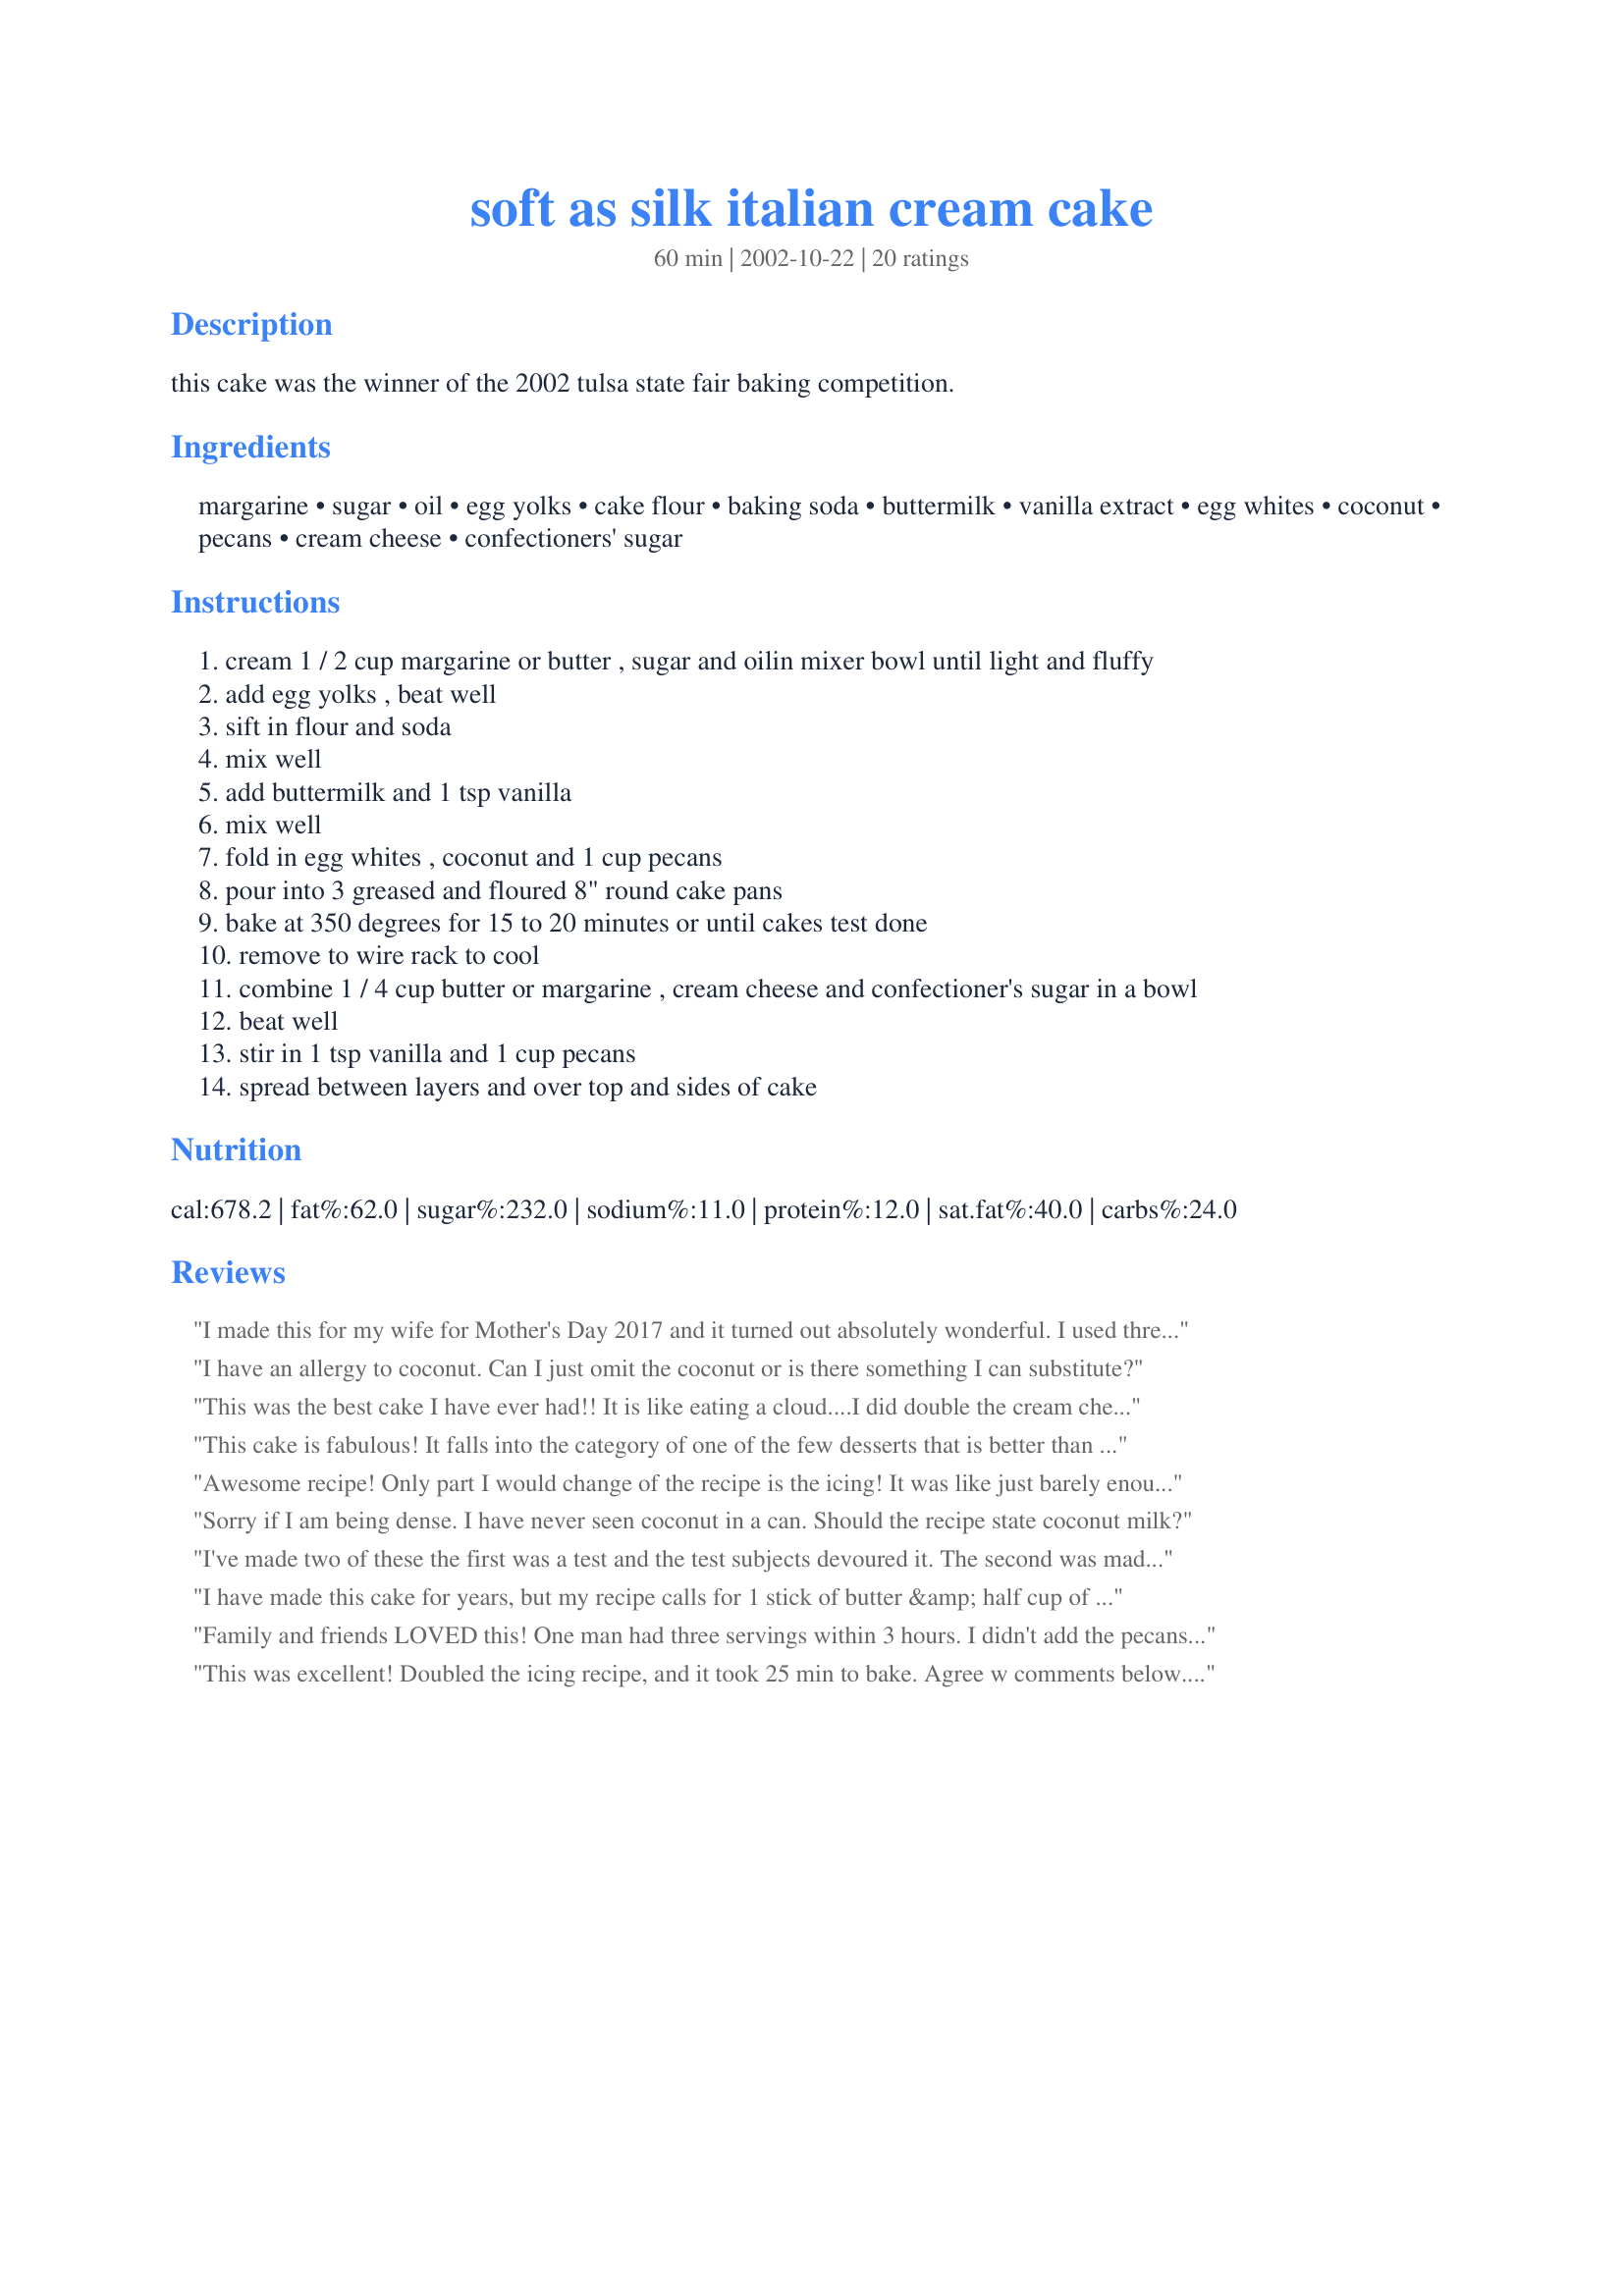
soft as silk italian cream cake
Preparation time: 60 minutes

this cake was the winner of the 2002 tulsa state fair baking competition.

Ingredients:
margarine, sugar, oil, egg yolks, cake flour, baking soda, buttermilk, vanilla extract, egg whites, coconut, pecans, cream cheese, confectioners' sugar

Steps:
cream 1 / 2 cup margarine or butter , sugar and oilin mixer bowl until light and fluffy
add egg yolks , beat well
sift in flour and soda
mix well
add buttermilk and 1 tsp vanilla
mix well
fold in egg whites , coconut and 1 cup pecans
pour into 3 greased and floured 8" round cake pans
bake at 350 degrees for 15 to 20 minutes or until cakes test done
remove to wire rack to cool
combine 1 / 4 cup butter or margarine , cream cheese and confectioner's sugar in a bowl
beat well
stir in 1 tsp vanilla and 1 cup pecans
spread between layers and over top and sides of cake

Reviews:
I made this for my wife for Mother's Day 2017 and it turned out absolutely wonderful. I used three 9&quot; cake pans instead of the 8&quot; ones. Also substituted a cup of sour cream for the buttermilk and made additional icing by halving the icing recipe again! Also used a little less than a cup of frozen coconut instead of the canned coconut which my grocery store didn't stock. So moist and flavorful!!!
I have an allergy to coconut. Can I just omit the coconut or is there something I can substitute?
This was the best cake I have ever had!! It is like eating a cloud....I did double the cream cheese icing. I wish I could give it 10 stars!!! :)
This cake is fabulous! It falls into the category of one of the few desserts that is better than most chocolate desserts. I cannot say enough about how much my family loves it. It is truly one of the best scratch cake recipes I have ever found and I make it whenever I need a guaranteed-to-be good cake. It also works well as cupcakes, which tend to be better for potlucks. Even my Dad, who does not like cake, will eat this.
Awesome recipe! Only part I would change of the recipe is the icing! It was like just barely enough to do the cake but for those who like a lot of icing you may need to do a recipe and a half on the icing! I added more pecans on the top as well!!!
Sorry if I am being dense. I have never seen coconut in a can. Should the recipe state coconut milk?
I've made two of these the first was a test and the test subjects devoured it. The second was made for an italian themed pot luck party they also scoffed it down!
the next day I recieved emails for the recipe!!
I have made this cake for years, but my recipe calls for 1 stick of butter &amp; half cup of Crisco. No oil.
Family and friends LOVED this! One man had three servings within 3 hours. I didn't add the pecans to the cake itself, and reserved half the coconut for the icing. I put the coconut and pecans in the cream cheese icing - I'd had Italian Cream Cake this way before and liked it better. Making it again tonight for my parents birthdays! I think I'm going to try putting 1/4 cup margarine 1/4 cup cream cheese IN the cake this time.
This was excellent! Doubled the icing recipe, and it took 25 min to bake. Agree w comments below...best cake I have had in a long while! It was beautiful and so moist!
Sandy R.asked: &quot;Sorry if I am being dense. I have never seen coconut in a can. Should the recipe state coconut milk?&quot;

No, you&#039;re not being dense. Had me wondering to. I checked and someone else asked: &quot;I have a recipe that calls for a 3 oz CAN of flaked coconut. I&#039;ve been to three different grocery stores and cannot find it anywhere. I even scoured the Indian/Thai food section. Does anyone know what this is, or if I can sub for bagged flaked coconut?&quot;

Someone replied: &quot;It&#039;s in a little blue can in the baking aisle probably by the pie fillings or the cocoa near the bagged coconut--or near the baking powder &amp; baking soda. It&#039;s literally coconut in a can--super moist and fresh - and yes you can substitute the bagged kind.&quot;

So I guess that answers the question what &quot;coconut in a can&quot; is. Hate when people add strange things like that to a recipe without explaining themselves.
Really loved this cake, and so did eveyone at the gathering I went to. The only change I would make is the recipe calls for the nuts to be stirred into the icing, which really made it hard to put on the cake. Next time I am going to sprinkle the nuts on top and sides as the picture shows.
I make this cake once a year and my family loves it.
I am a huge baker, I do it to pass time while I’m healing from a kidney transplant. I had someone specifically ask for an Italian Cream cake, because she loves them, so I found this delicious recipe and I spoke with her today.. she said every single person at her Christmas party loved it and wanted to know “where and who” made it. That brought a huge smile to my face to know it was such a hit at a large dinner. A couple of things I changed were... I doubled the recipe to make a 10”, 3 layer cake and it was the perfect amount of batter. I also used 4 cups of Bakers shredded coconut in the package, if you are just making the single recipe I would say to use 2 cups, instead of the can coconut and I didn’t mix pecans in the icing, I just put a ton of chopped pecans on the top so there’s pecans in every bite!! I also doubled the icing and there was the perfect amount, even a little extra for taste testing!! It turned out so amazing, someone from the party asked me to make another one for their New Years party, so I am baking it now! Thank you for so much deliciousness
I have been making this cake several times a year for decades by almost the same recipe. The only exception is no oil in the one I have. I have always used butter not margarine and regular flour. Since canned coconut has been hard to find at times I use 2 cups of Baker's packaged coconut. I have used cake flour and haven't noticed any difference. I tried a Crisco and margarine version and I personally did not think it was as good. My suggestion is leave off the oil. It is not needed for a delicious cake that almost everyone even those who are not coconut lovers rave about to me. No one needs the extra fat and calories it provides.
Let me preface by saying I'm a perfectionist. I followed the directions to a T and my cake had the hardest time coming out of the pans and was overly moist and too dense for my liking. I also had to cook it much longer than the time suggested. Everyone that ate it still loved it but I was hoping for that silky cloud-like cake texture that I presumed this recipe would produce. I'm not sure where I went wrong? I will decrease the oil amount next time and maybe fold in the egg whites a little more than I did and line my pans with parchment paper. The flavor of the cake and the icing is perfect! Just the texture that needs some work in my opinion.
This cake is amazing! However, you MUST cut the oil to a half cup. No other changes needed to make a cake all will love! Will make again and again!
The first time the cake fell apart on me, then instead of using my hand to flip the cake I used a plate to help me. The cake was awesome from what little time the cake was around. Everyone said that was the best recipe for the Italian Cream Cake. I had tried other recipes for that cake. 
Thanks for the receipe.
DWS
Baked recently for my sister-in-law's birthday--everyone loved it. I increased the frosting by a half, we tend to like a lot of frosting. I was glad I did.
Delicious cake! FYI Everyone, a can of coconut is 3.5 ounces, so you can just get the shredded coconut in a bag and weigh it out. If you don't have a kitchen scale (and you really should have one!), that is approximately 1 1/4 cups. You're welcome!
